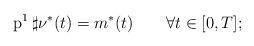
LaTeX: \begin{align*} \operatorname{p}^1\sharp \nu^*(t)=m^*(t)\qquad\forall t\in[0,T]; \end{align*}